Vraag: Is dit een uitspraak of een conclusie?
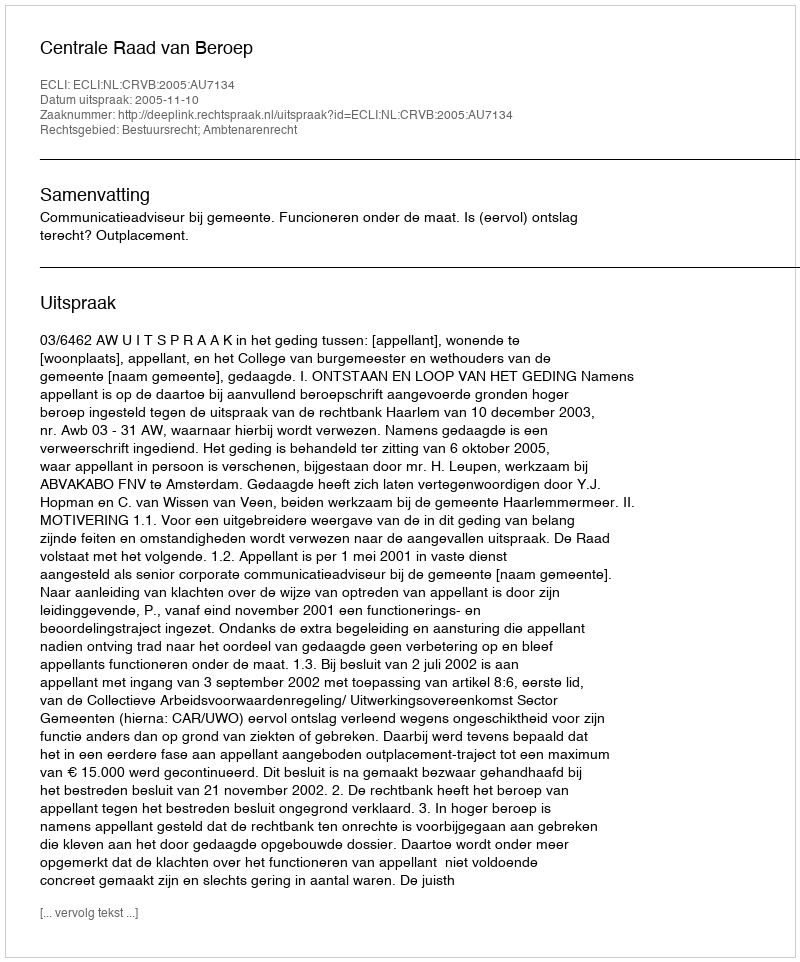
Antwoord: Uitspraak